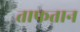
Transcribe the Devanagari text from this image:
ताफतान